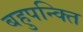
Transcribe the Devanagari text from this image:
बहुपन्क्ति